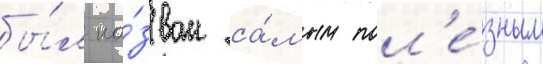
бы́л на́зван са́мым пол'е́зным